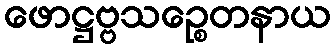
ဖောဋ္ဌဗ္ဗသဉ္စေတနာယ